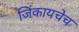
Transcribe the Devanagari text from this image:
जिंकायचेच